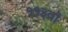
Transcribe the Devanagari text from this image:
११३वॉ